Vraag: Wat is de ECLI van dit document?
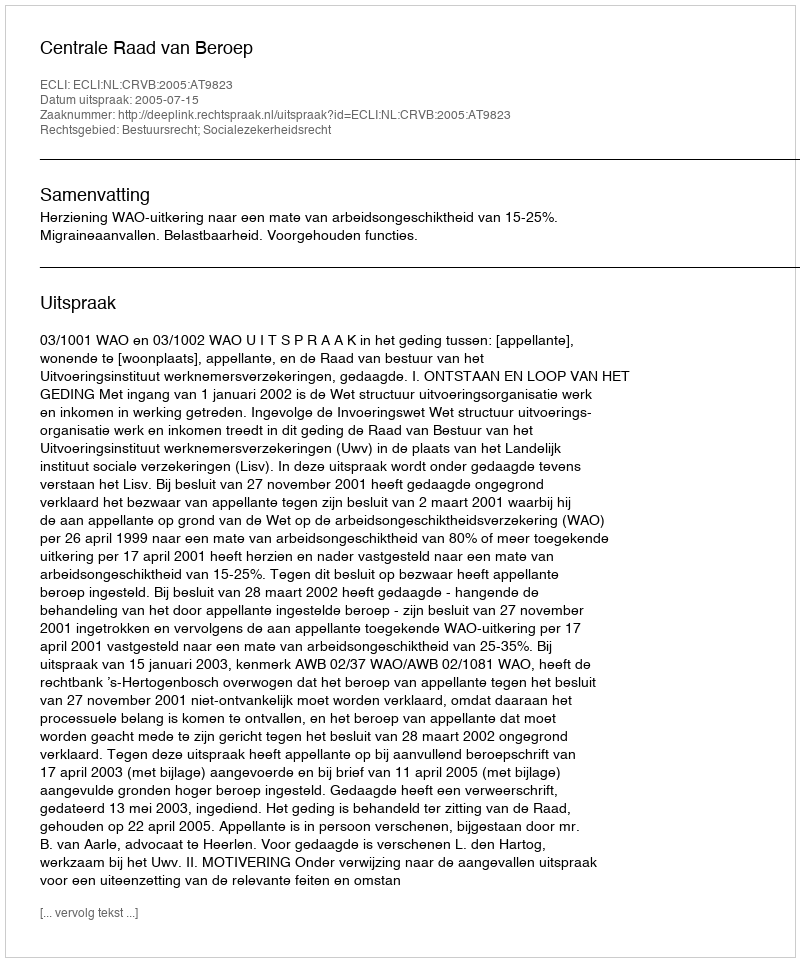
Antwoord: ECLI:NL:CRVB:2005:AT9823